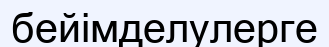
бейімделулерге